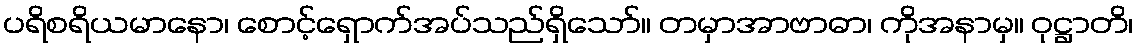
ပရိစရိယမာနော၊ စောင့်ရှောက်အပ်သည်ရှိသော်။ တမှာအာဗာဓာ၊ ကိုအနာမှ။ ဝုဋ္ဌာတိ၊